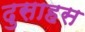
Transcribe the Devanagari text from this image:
दुसाहस